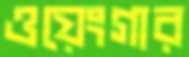
ওয়েংগার